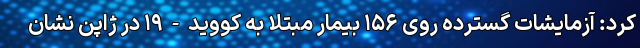
کرد: آزمایشات گسترده روی ۱۵۶ بیمار مبتلا به کووید-۱۹ در ژاپن نشان